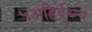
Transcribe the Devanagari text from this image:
५अहिर्बुध्न्य